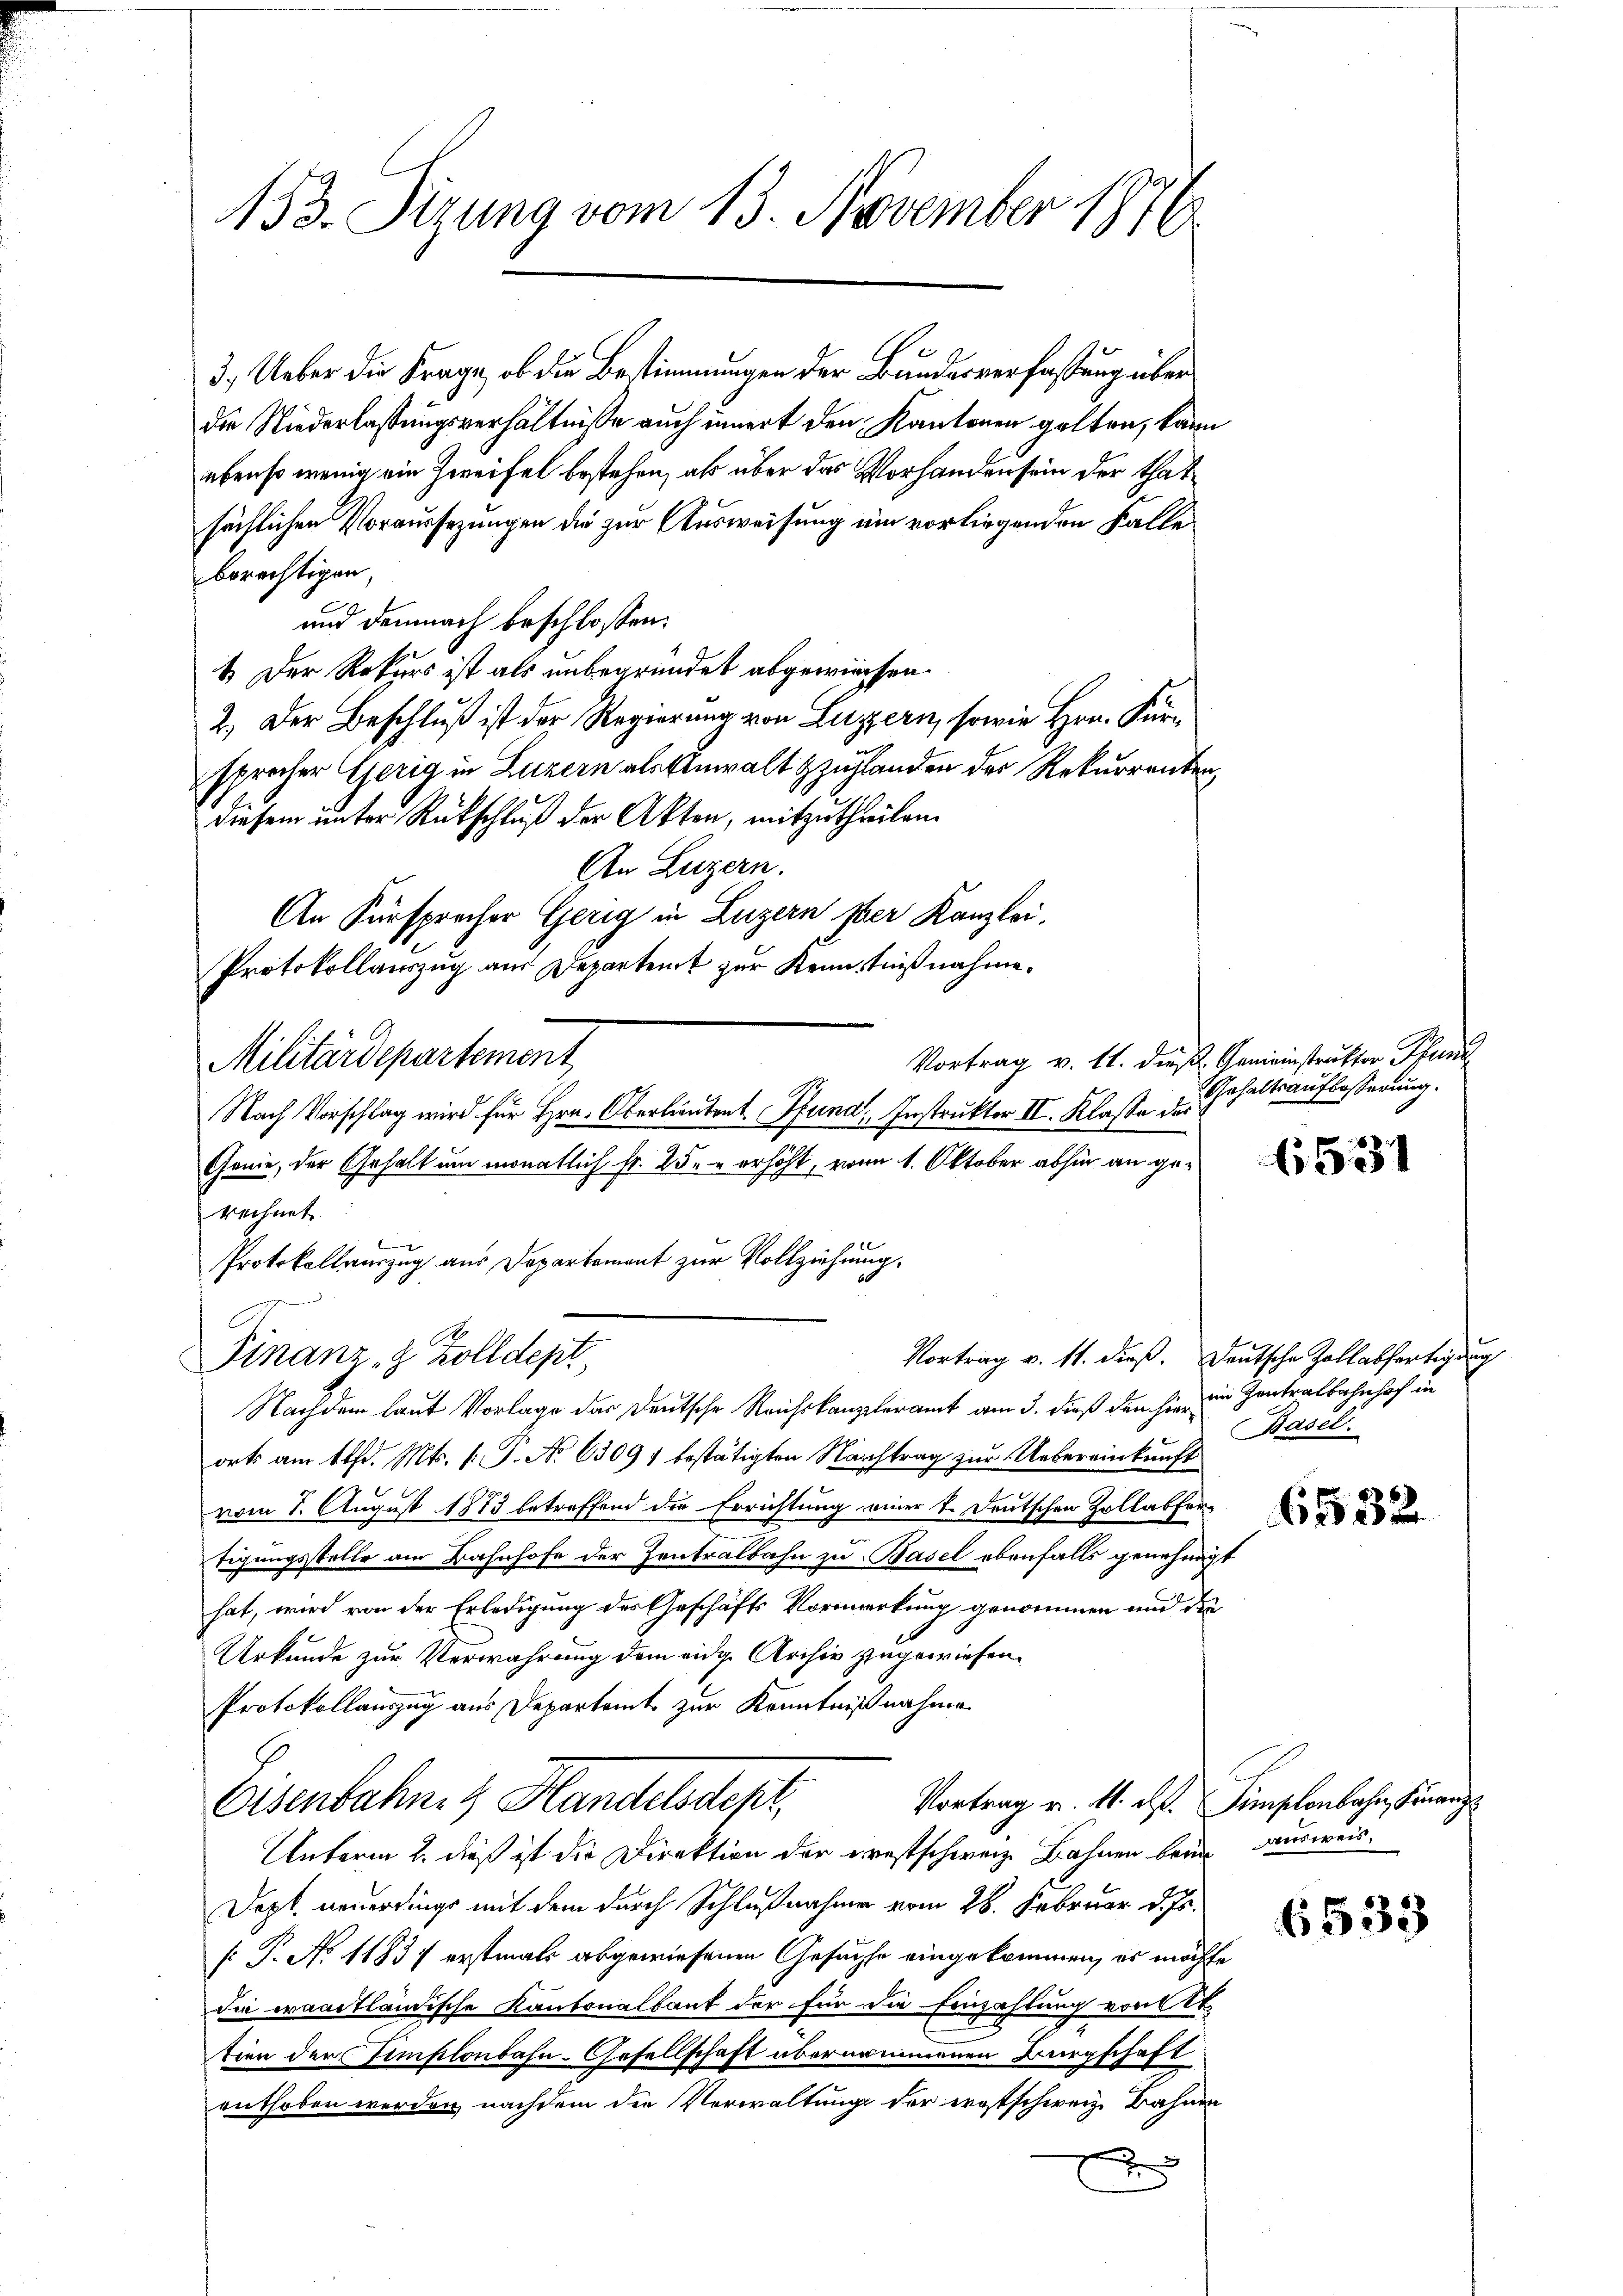
153. Sizung vom 13. November 1876

3.) Ueber die Frage, ob die Bestimmungen der Bundesverfassung über
die Niederlassungsverhältnisse auch innert den Kantonen gelten, kann
ebenso wenig ein Zweifel bestehen, als über das Vorhanden sein der thatsächlichen Voraussezungen die zur Ausweisung ein vorliegenden Falle
berechtigen
und demnach beschlossen:
1. Der Rekurs ist als unbegründet abgewiesen.
2.) Der Beschluß ist der Regierung von Luzern, sowie Hrn. Fürsprecher Gerig in Luzern als Einwalt zuhlanden der Rekurrenten,
diesem unter Rückschluß der Akten, mitzutheilen.
An Luzern.
An Fürsprocher Gerig in Luzern per Kanzlei.
Protokollauszug aus Departent zur Kenntnißnahme.
Militärdepartement
Nach Vorschlag wird für Hrn. Oberlieutent Pfund, Instruktor II. Klasse des
Genie, der Gehalt um monatlich Fr. 25. erhöht, von 1. Oktober abhin an gerechnet.
Protokollauszug aus Departement zur Vollziehung,
Vortrag v. 11. dieß. Deutsche Zollabfertigung
Finanz- & Zolldept,
Nachdem laut Vorlage das Deutsche Reichskanzleramt am 3. dieß den hie ein Contralbahnhof in
orts am 1 t d. Mts. 1. P. No 63097 bestätigten Nachtrag zur Uebereinkunft
vom 1. August 1873 betreffend die Errichtung einer 1. Deutschen Zollabfertigungsstelle am Bahnhofe der Zentralbahn zu Basel ebenfalls genehmigt
hat, wird von der Erledigung des Geschäfts Vormerkung genommen und die
Urkunde zur Verwahrung dem eidge Archiv zugewiesen.
Protokollauszug aus Departamt zur Kenntnißnahme
Eisenbahn. Handelsdept,
Vortrag v. 4. ds. Simplonbahn, Finanz
Unterm 2. dieß ist die Direktion der ernstschweiz. Bahnen beim Ausweis¬
Dept. neuerdings mit dem durch Schlußnahme vom 26. Februar d. Js.
[ P. No 11837 erstmals abgewiesenen Gesagte eingekommen, es möchte
die waadtländische Kantonalbaut der für die Einzahlung von
tion der Simplonbahn-Gesellschaft übernommenen Bürgschaft
enthoben werden, nachdem den Verwaltung der ergtschweiz. Bahnen
5

Vortrag v. 11. dieß Gemeinstrukter Pfun
Gehaltsaufbesserung.

6531

Basel.

6532

6533